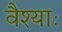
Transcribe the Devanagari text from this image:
वैश्याः